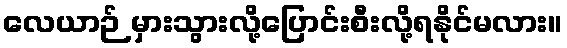
လေယာဉ် မှားသွားလို့ပြောင်းစီးလို့ရနိုင်မလား။